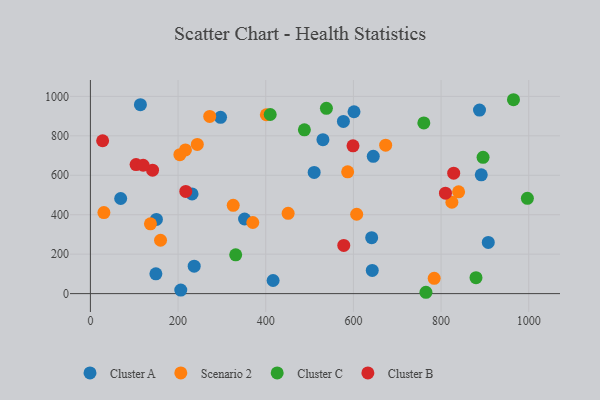
{"axis": {"x": "Study Hours", "y": "Salary"}, "legend": ["Cluster A", "Cluster B", "Cluster C", "Scenario 2"], "data": [{"x": "891.7", "y": 602.2, "type": "Cluster A"}, {"x": "231.9", "y": 505.6, "type": "Cluster A"}, {"x": "296.9", "y": 893.7, "type": "Cluster A"}, {"x": "149.4", "y": 100.2, "type": "Cluster A"}, {"x": "206.2", "y": 17.9, "type": "Cluster A"}, {"x": "236.8", "y": 139.2, "type": "Cluster A"}, {"x": "510.5", "y": 614.3, "type": "Cluster A"}, {"x": "887.7", "y": 930.6, "type": "Cluster A"}, {"x": "643.0", "y": 117.7, "type": "Cluster A"}, {"x": "351.7", "y": 378.3, "type": "Cluster A"}, {"x": "645.3", "y": 695.8, "type": "Cluster A"}, {"x": "641.7", "y": 283.4, "type": "Cluster A"}, {"x": "114.1", "y": 957.9, "type": "Cluster A"}, {"x": "577.2", "y": 873.1, "type": "Cluster A"}, {"x": "530.5", "y": 780.6, "type": "Cluster A"}, {"x": "601.4", "y": 922.0, "type": "Cluster A"}, {"x": "907.7", "y": 259.4, "type": "Cluster A"}, {"x": "416.8", "y": 66.4, "type": "Cluster A"}, {"x": "150.6", "y": 375.9, "type": "Cluster A"}, {"x": "69.1", "y": 482.3, "type": "Cluster A"}, {"x": "216.8", "y": 728.6, "type": "Scenario 2"}, {"x": "204.1", "y": 704.6, "type": "Scenario 2"}, {"x": "840.0", "y": 516.3, "type": "Scenario 2"}, {"x": "160.0", "y": 270.6, "type": "Scenario 2"}, {"x": "451.1", "y": 407.3, "type": "Scenario 2"}, {"x": "272.2", "y": 898.3, "type": "Scenario 2"}, {"x": "784.3", "y": 77.6, "type": "Scenario 2"}, {"x": "401.4", "y": 906.8, "type": "Scenario 2"}, {"x": "370.5", "y": 360.5, "type": "Scenario 2"}, {"x": "586.9", "y": 617.6, "type": "Scenario 2"}, {"x": "824.7", "y": 463.2, "type": "Scenario 2"}, {"x": "673.6", "y": 752.4, "type": "Scenario 2"}, {"x": "137.0", "y": 354.0, "type": "Scenario 2"}, {"x": "607.5", "y": 402.3, "type": "Scenario 2"}, {"x": "325.8", "y": 447.7, "type": "Scenario 2"}, {"x": "30.8", "y": 411.0, "type": "Scenario 2"}, {"x": "243.9", "y": 756.6, "type": "Scenario 2"}, {"x": "538.4", "y": 939.3, "type": "Cluster C"}, {"x": "331.5", "y": 196.9, "type": "Cluster C"}, {"x": "895.8", "y": 691.0, "type": "Cluster C"}, {"x": "879.7", "y": 80.9, "type": "Cluster C"}, {"x": "765.5", "y": 6.8, "type": "Cluster C"}, {"x": "996.9", "y": 483.1, "type": "Cluster C"}, {"x": "760.7", "y": 865.6, "type": "Cluster C"}, {"x": "488.2", "y": 830.3, "type": "Cluster C"}, {"x": "410.2", "y": 908.1, "type": "Cluster C"}, {"x": "965.2", "y": 983.0, "type": "Cluster C"}, {"x": "104.2", "y": 654.0, "type": "Cluster B"}, {"x": "599.1", "y": 749.1, "type": "Cluster B"}, {"x": "810.0", "y": 509.0, "type": "Cluster B"}, {"x": "141.8", "y": 625.6, "type": "Cluster B"}, {"x": "217.6", "y": 518.0, "type": "Cluster B"}, {"x": "27.9", "y": 774.9, "type": "Cluster B"}, {"x": "120.4", "y": 650.7, "type": "Cluster B"}, {"x": "578.0", "y": 244.1, "type": "Cluster B"}, {"x": "828.8", "y": 610.5, "type": "Cluster B"}]}